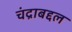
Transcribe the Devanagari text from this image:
चंद्राबद्दल